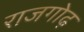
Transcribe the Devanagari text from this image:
राजगोढ़